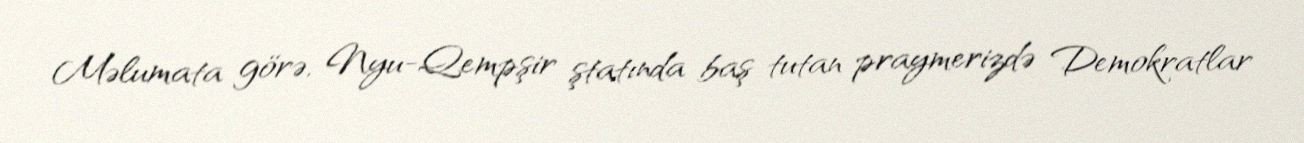
Məlumata görə, Nyu-Qempşir ştatında baş tutan praymerizdə Demokratlar